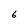
Character: 6